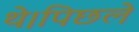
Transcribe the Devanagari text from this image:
थे।पिछले